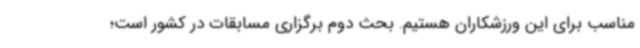
مناسب برای این ورزشکاران هستیم. بحث دوم برگزاری مسابقات در کشور است؛